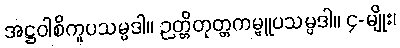
အဋ္ဌဝါစိကူပသမ္ပဒါ။ ဉတ္တိတုတ္တကမ္မူပသမ္ပဒါ။ ၄-မျိုး၊